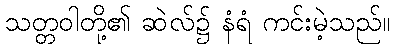
သတ္တဝါတို့၏ ဆဲလ်၌ နံရံ ကင်းမဲ့သည်။